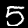
Digit: 5